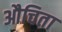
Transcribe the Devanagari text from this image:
औचिता